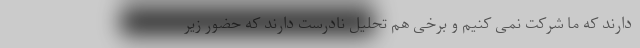
دارند که ما شرکت نمی کنیم و برخی هم تحلیل نادرست دارند که حضور زیر